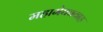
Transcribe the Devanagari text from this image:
महामेघववाह